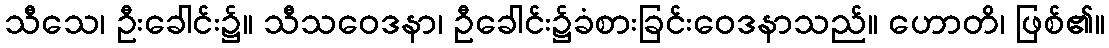
သီသေ၊ ဦးခေါင်း၌။ သီသဝေဒနာ၊ ဦခေါင်း၌ခံစားခြင်းဝေဒနာသည်။ ဟောတိ၊ ဖြစ်၏။